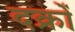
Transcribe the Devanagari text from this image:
दक्रों